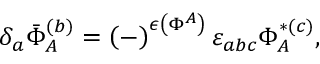
\delta _ { a } \bar { \Phi } _ { A } ^ { ( b ) } = \left( - \right) ^ { \epsilon \left( \Phi ^ { A } \right) } \varepsilon _ { a b c } \Phi _ { A } ^ { * ( c ) } ,